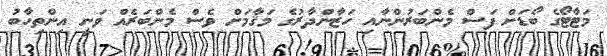
މަޓާޓޯގެ ބޯޑަށް ފަސް މެންބަރުންނާއި ހަޒާންދާރުގެ މަޤާމަށް ވެސް މެންބަރެއް ވަނީ އިންތިހާބު